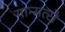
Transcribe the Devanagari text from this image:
यान्गत्से